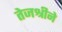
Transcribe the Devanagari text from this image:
तेजश्रीने